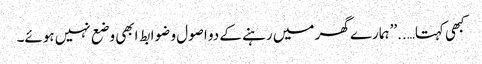
کبھی کہتا…..’’ہمارے گھر میں رہنے کے دو اصول و ضوابط ابھی وضع نہیں ہوئے۔